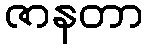
ဇာနတာ